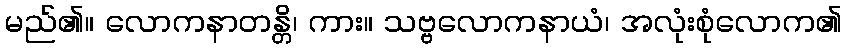
မည်၏။ လောကနာတန္တိ၊ ကား။ သဗ္ဗလောကနာယံ၊ အလုံးစုံလောက၏